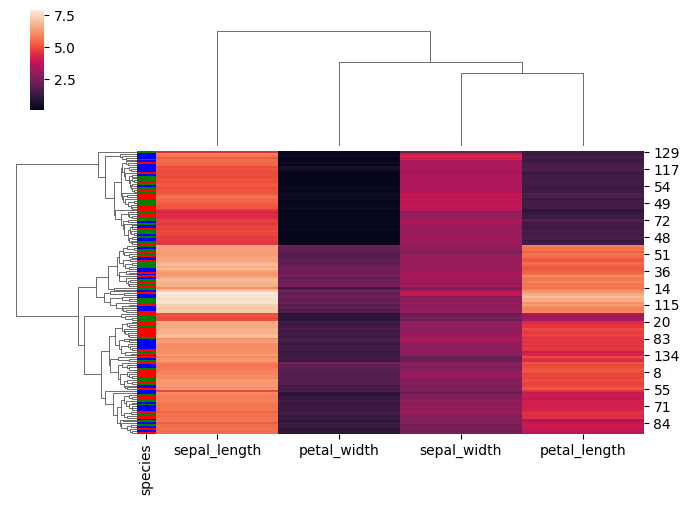
python, seaborn, clustermap, figsize=(7, 5), row_cluster=True, dendrogram_ratio=(0.2, 0.3), cbar_pos=(0.05, 0.8, 0.02, 0.2)